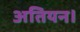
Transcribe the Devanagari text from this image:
अतियन।